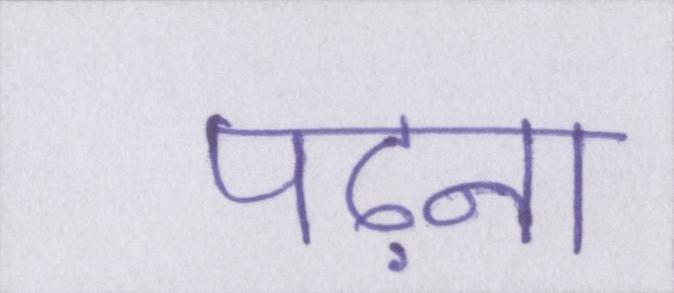
पढ़ना